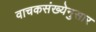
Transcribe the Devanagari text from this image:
वाचकसंख्येनुसार